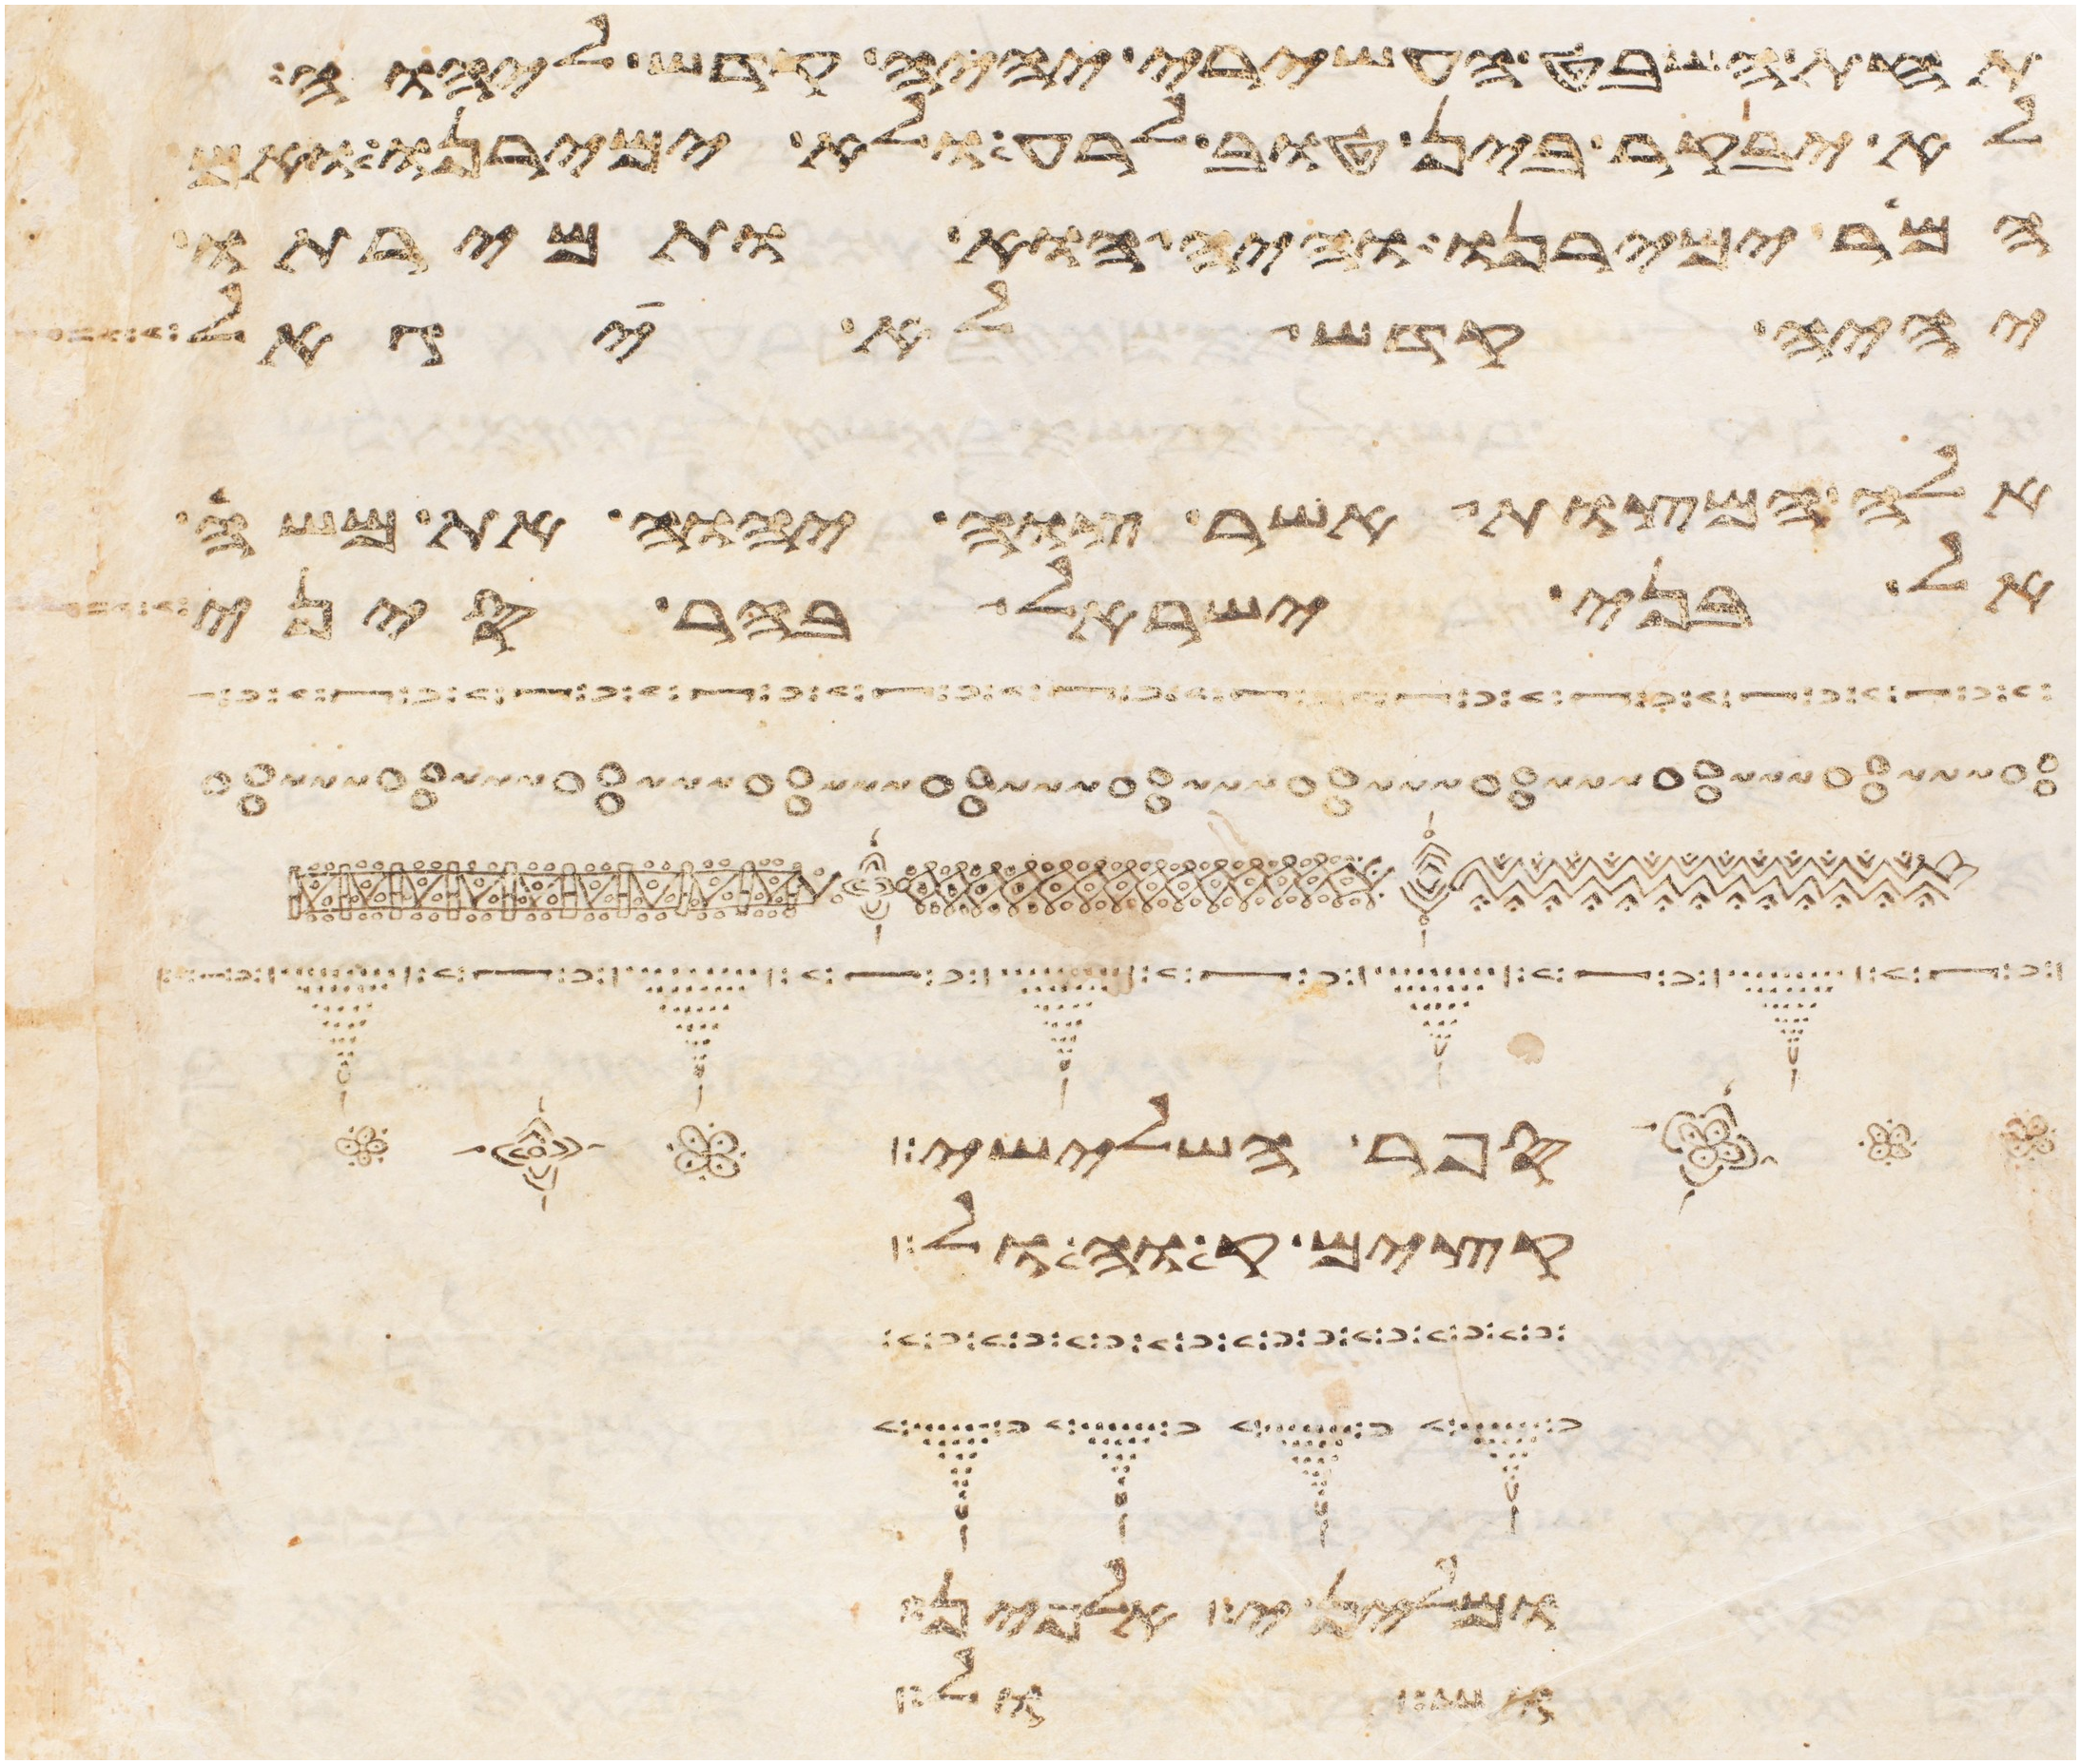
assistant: תחת השבט העשירי יהיה קדש ליהוה
לא יבקר בין טוב לרע ולא ימירנו ואם
המר ימירנו והיה הוא ותמירתו
יהיה קדש לא יגאל
אלה המצות אשר צוה יהוה את משה
אל בני ישראל בהר סיני
הנהר השלישי
עצים אל משה ואל
ובין הים לפני
ושובל